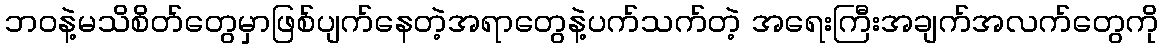
ဘဝနဲ့မသိစိတ်တွေမှာဖြစ်ပျက်နေတဲ့အရာတွေနဲ့ပက်သက်တဲ့ အရေးကြီးအချက်အလက်တွေကို